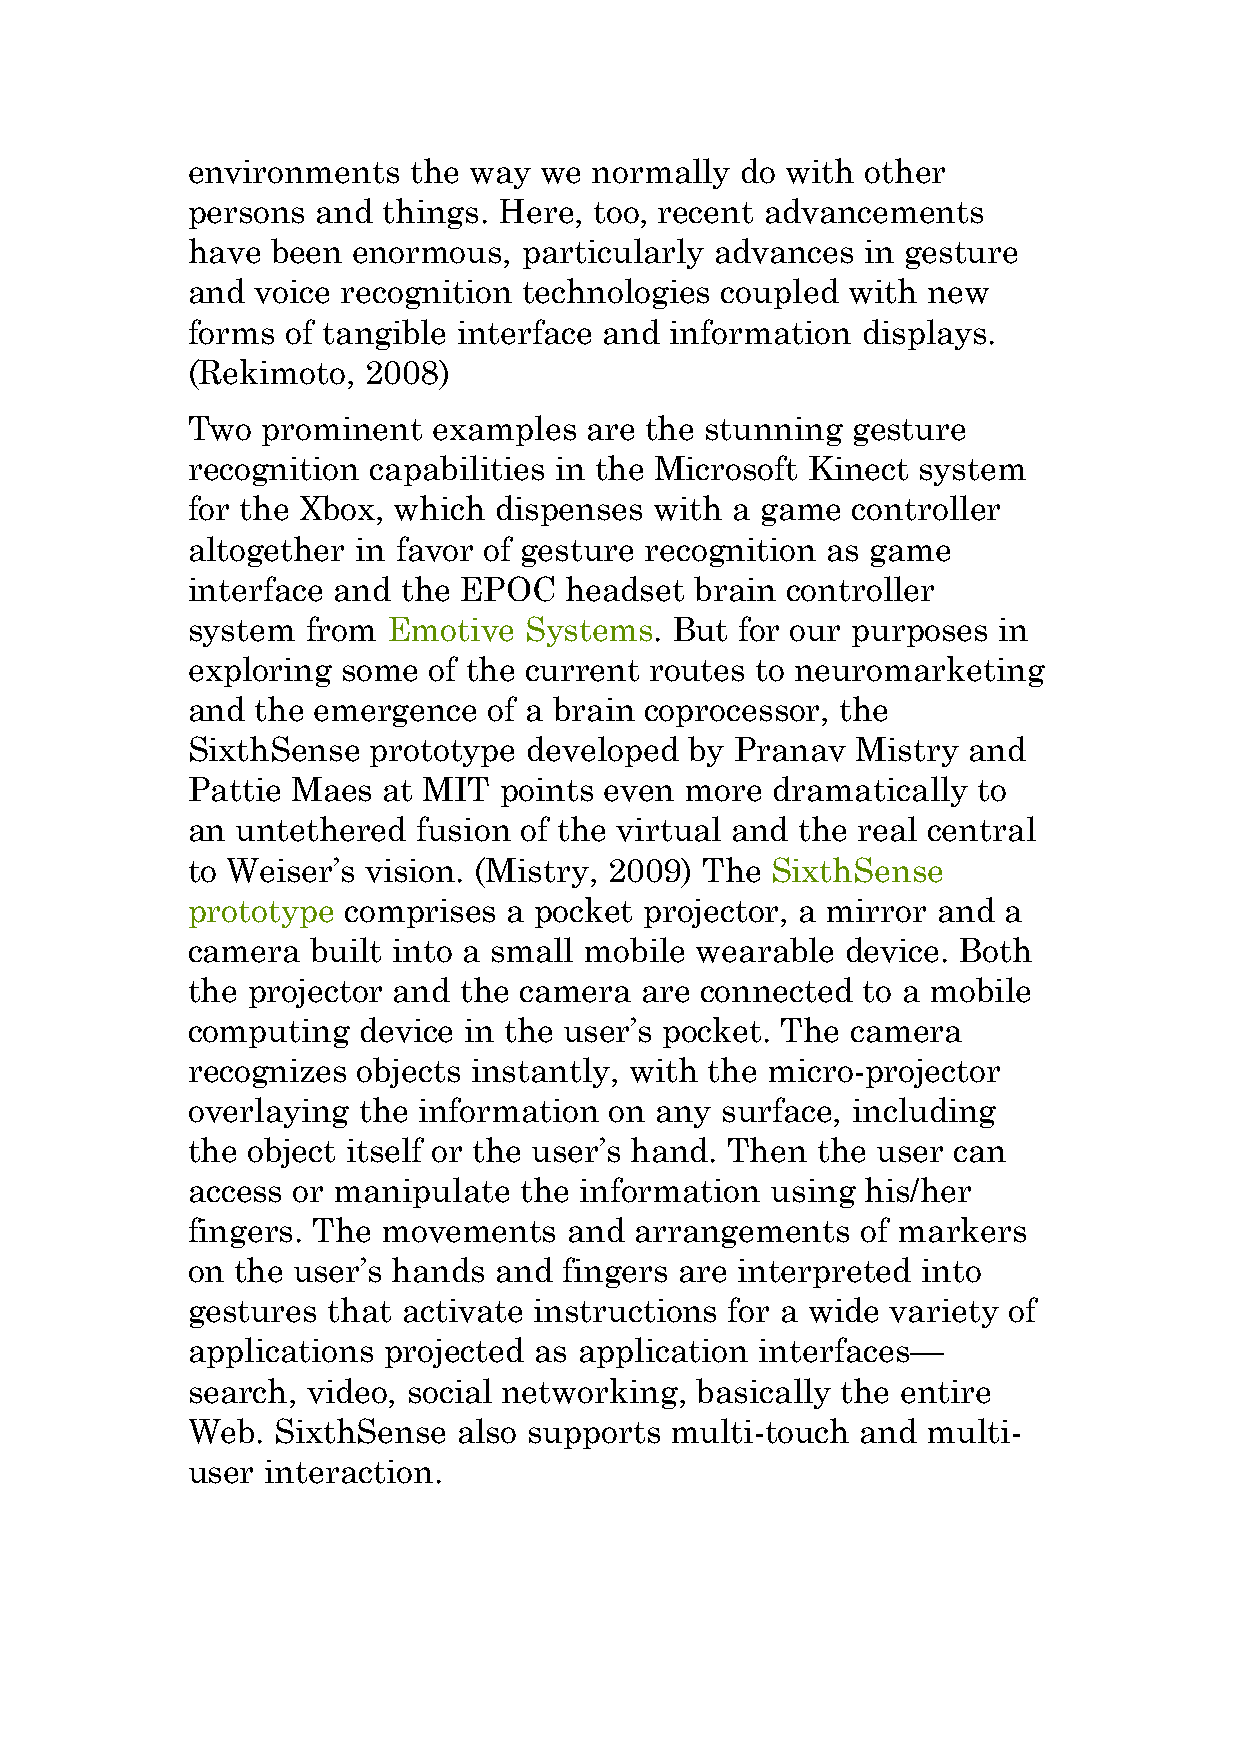
environments   the way  we normally  do with other
 persons  and things. Here, too, recent advancements
 have  been enormous,   particularly advances in gesture
 and  voice recognition technologies coupled with new
 forms  of tangible interface and information displays.
 (Rekimoto,  2008)
 Two  prominent   examples  are the stunning gesture
 recognition capabilities in the Microsoft Kinect system
 for the Xbox, which  dispenses with a game  controller
 altogether  in favor of gesture recognition as game
 interface and  the EPOC  headset  brain controller
 system  from  Emotive  Systems. But  for our purposes in
 exploring  some of the current routes to neuromarketing
 and  the emergence  of a brain coprocessor, the
 SixthSense  prototype  developed  by Pranav  Mistry and
 Pattie Maes  at MIT  points even more  dramatically  to
 an  untethered  fusion of the virtual and the real central
 to Weiser’s vision. (Mistry, 2009) The SixthSense
 prototype  comprises  a pocket projector, a mirror and a
 camera   built into a small mobile wearable device. Both
 the projector and the camera  are connected  to a mobile
 computing   device in the user’s pocket. The camera
 recognizes  objects instantly, with the micro-projector
 overlaying  the information on any  surface, including
 the object itself or the user’s hand. Then the user can
 access or manipulate  the information  using his/her
 fingers. The movements    and arrangements   of markers
 on  the user’s hands and fingers are interpreted into
 gestures  that activate instructions for a wide variety of
 applications projected as application interfaces—
 search, video, social networking, basically the entire
 Web.  SixthSense  also supports multi-touch  and multi-
 user  interaction.